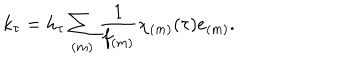
k _ { \tau } = h _ { \tau } \sum _ { ( m ) } \frac { 1 } { f _ { ( m ) } } \chi _ { ( m ) } ( \tau ) e _ { ( m ) } .